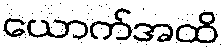
ယောက်အထိ